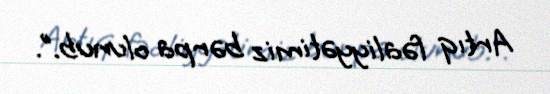
Artıq fəaliyyətimiz bərpa olunub.”.